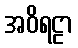
အဝိရဠာ